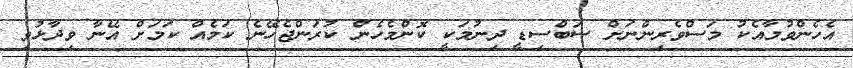
އެހެންވުމާއެކު މަސްވެރިންނަށް ސަބްސިޑީ ދިނުމަކީ ކޮންމެހެން ކުރަންޖެހޭނެ ކަމެއް ކަމަށް އޭނާ ވިދާޅުވި